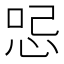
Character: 𠲹